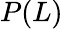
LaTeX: P(L)